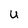
Character: U